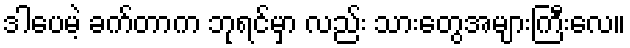
ဒါပေမဲ့ ခက်တာက ဘုရင်မှာ လည်း သားတွေအများကြီးလေ။